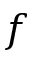
f